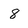
Character: 8